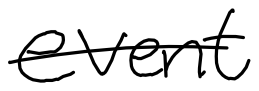
Text: event
Cross-out: mix
Writing tool: digital_black